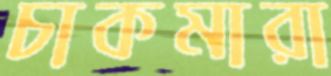
চাকমারা